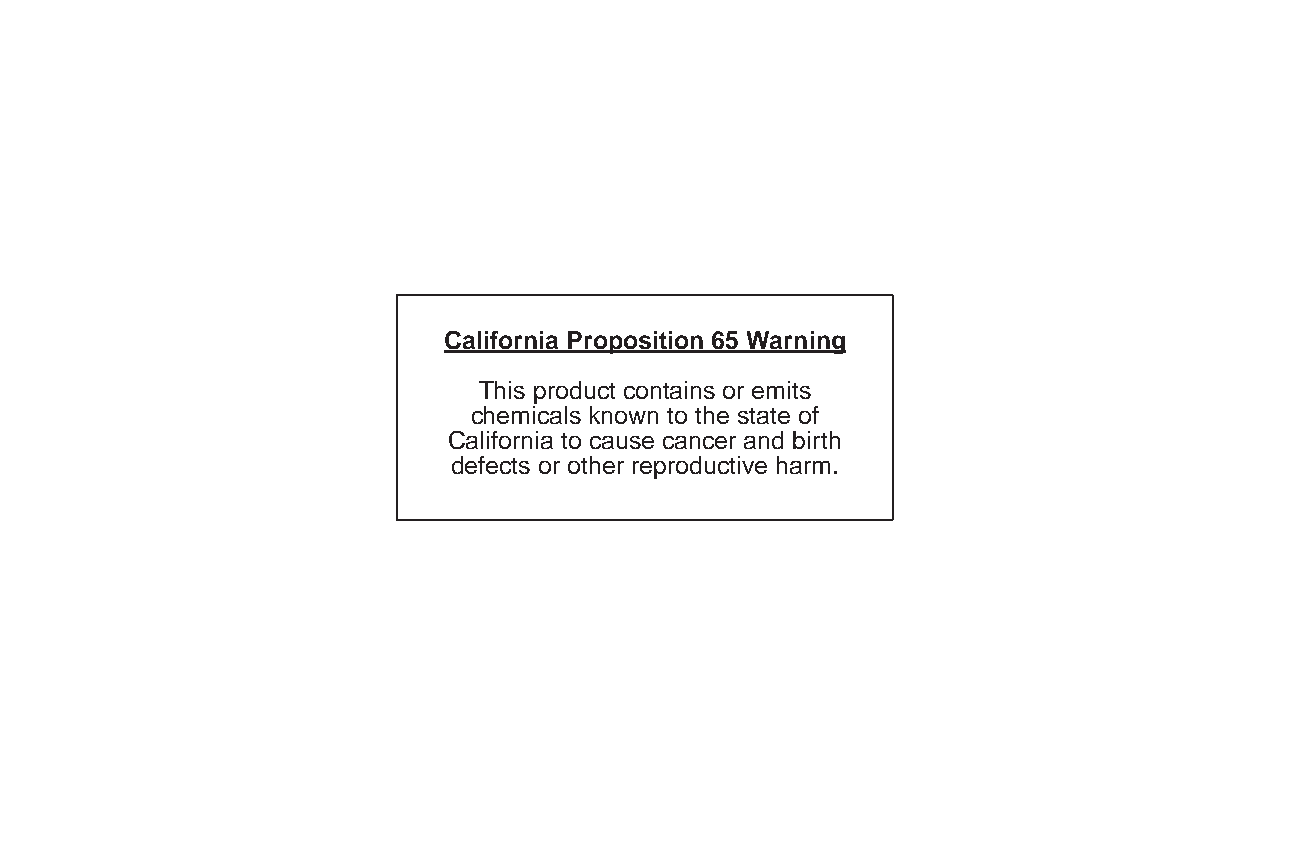
California Proposition 65 Warning
 This product contains or emits
 chemicals known to the state of
 California to cause cancer and birth
 defects or other reproductive harm.